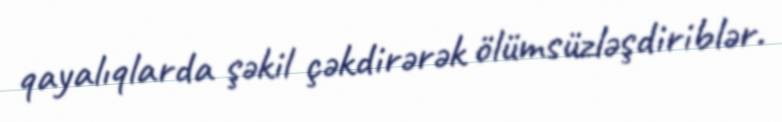
qayalıqlarda şəkil çəkdirərək ölümsüzləşdiriblər.